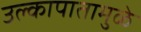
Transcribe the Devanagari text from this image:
उल्कापातामुळे